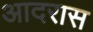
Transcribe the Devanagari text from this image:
आदरास